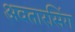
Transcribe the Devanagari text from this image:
अवतारसिंग